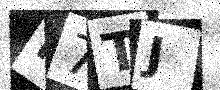
Text: H7TJ